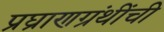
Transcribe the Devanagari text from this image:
प्रघ्राणग्रंथींची